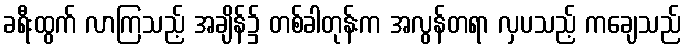
ခရီးထွက် လာကြသည့် အချိန်၌ တစ်ခါတုန်းက အလွန်တရာ လှပသည့် ကချေသည်